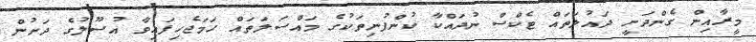
މީރާއިން ގެންދަނީ ދައުލަތައް ޓެކްސް ނުދައްކާ ކުންފުނިތަކުގެ މައްސަލަތައް ހަމަޖެހިފައިވާ އުސޫލުގެ ދަށުން